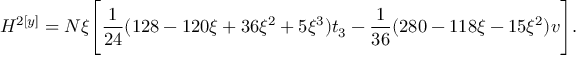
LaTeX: H ^ { 2 [ y ] } = N \xi \Bigg [ \frac 1 { 2 4 } ( 1 2 8 - 1 2 0 \xi + 3 6 \xi ^ { 2 } + 5 \xi ^ { 3 } ) t _ { 3 } - \frac 1 { 3 6 } ( 2 8 0 - 1 1 8 \xi - 1 5 \xi ^ { 2 } ) v \Bigg ] .